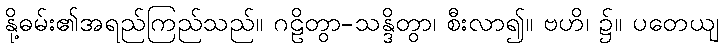
နို့ဓမ်း၏အရည်ကြည်သည်။ ဂဠိတွာ-သန္ဒိတွာ၊ စီးလာ၍။ ဗဟိ၊ ၌။ ပတေယျ